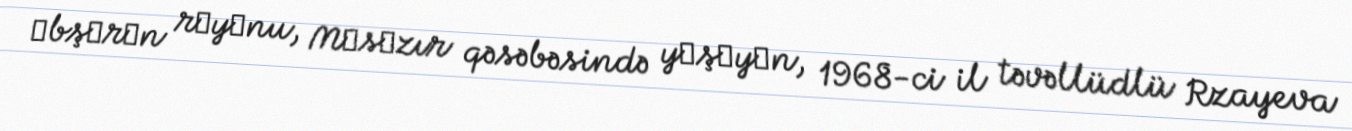
Аbşеrоn rаyоnu, Mаsаzır qəsəbəsində yаşаyаn, 1968-ci il təvəllüdlü Rzayeva